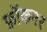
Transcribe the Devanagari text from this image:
फ़ॉकनर